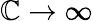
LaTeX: \mathbb{C}\to\infty